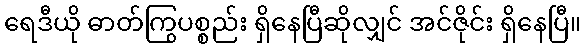
ရေဒီယို ဓာတ်ကြွပစ္စည်း ရှိနေပြီဆိုလျှင် အင်ဇိုင်း ရှိနေပြီ။